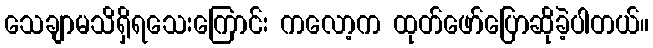
သေချာမသိရှိရသေးကြောင်း ကလော့က ထုတ်ဖော်ပြောဆိုခဲ့ပါတယ်။